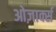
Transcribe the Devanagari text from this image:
ओज़ार्क्स